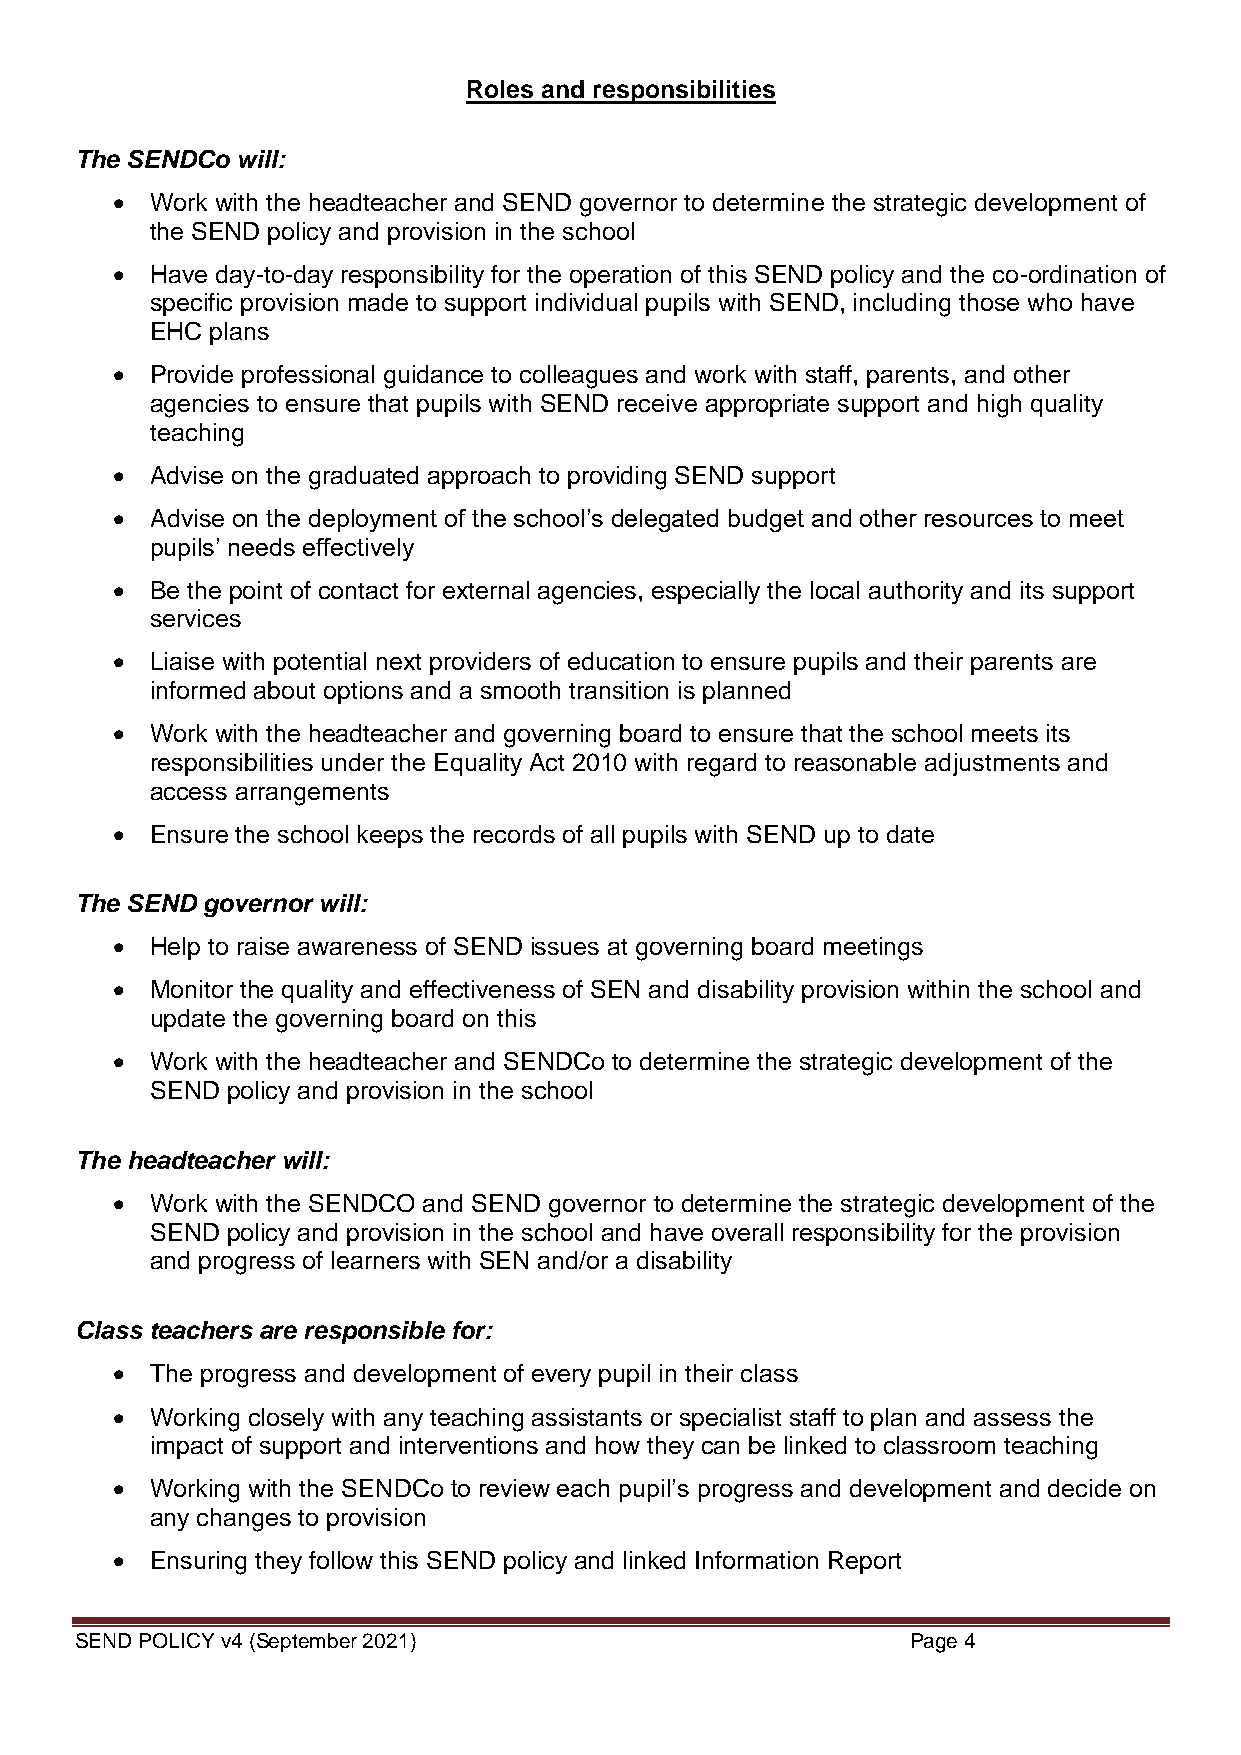
Roles and responsibilities
 The SENDCo will:
   Work with the headteacher and SEND governor to determine the strategic development of
 the SEND policy and provision in the school
   Have day-to-day responsibility for the operation of this SEND policy and the co-ordination of
 specific provision made to support individual pupils with SEND, including those who have
 EHC plans
   Provide professional guidance to colleagues and work with staff, parents, and other
 agencies to ensure that pupils with SEND receive appropriate support and high quality
 teaching
   Advise on the graduated approach to providing SEND support
   Advise on the deployment of the school’s delegated budget and other resources to meet
 pupils’ needs effectively
   Be the point of contact for external agencies, especially the local authority and its support
 services
   Liaise with potential next providers of education to ensure pupils and their parents are
 informed about options and a smooth transition is planned
   Work with the headteacher and governing board to ensure that the school meets its
 responsibilities under the Equality Act 2010 with regard to reasonable adjustments and
 access arrangements
   Ensure the school keeps the records of all pupils with SEND up to date
 The SEND governor will:
   Help to raise awareness of SEND issues at governing board meetings
   Monitor the quality and effectiveness of SEN and disability provision within the school and
 update the governing board on this
   Work with the headteacher and SENDCo to determine the strategic development of the
 SEND policy and provision in the school
 The headteacher will:
   Work with the SENDCO and SEND governor to determine the strategic development of the
 SEND policy and provision in the school and have overall responsibility for the provision
 and progress of learners with SEN and/or a disability
 Class teachers are responsible for:
   The progress and development of every pupil in their class
   Working closely with any teaching assistants or specialist staff to plan and assess the
 impact of support and interventions and how they can be linked to classroom teaching
   Working with the SENDCo to review each pupil’s progress and development and decide on
 any changes to provision
   Ensuring they follow this SEND policy and linked Information Report
 SEND POLICY v4 (September 2021)                        Page 4